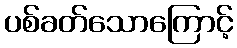
ပစ်ခတ်သောကြောင့်